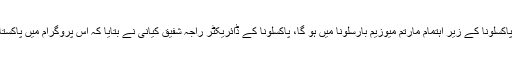
یوم آزادی کا پہلا ادبی پروگرام ہفتہ 12 اگست شام 5 بجے پاکسلونا کے زیر اہتمام مارتم میوزیم بارسلونا میں ہو گا، پاکسلونا کے ڈائریکٹر راجہ شفیق کیانی نے بتایا کہ اس پروگرام میں پاکستان کی قومی یک جہتی اور اسلاف کو موضوع بنایاجائے گا۔